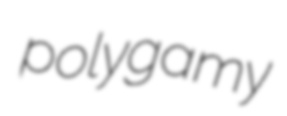
polygamy